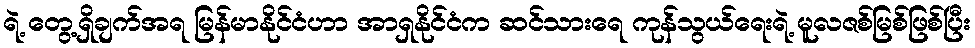
ရဲ့ တွေ့ရှိချက်အရ မြန်မာနိုင်ငံဟာ အာရှနိုင်ငံက ဆင်သားရေ ကုန်သွယ်ရေးရဲ့ မူလဇစ်မြစ်ဖြစ်ပြီး